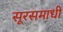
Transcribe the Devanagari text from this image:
सूरसमाधी